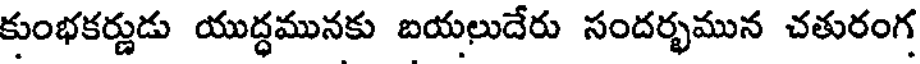
కుంభకర్ణుడు యుద్ధమునకు బయలుదేరు సందర్భమున చతురంగ